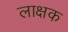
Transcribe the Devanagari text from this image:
लाक्षक